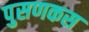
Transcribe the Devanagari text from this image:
पुसणकस